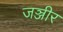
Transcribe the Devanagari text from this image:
जञ्जीर